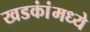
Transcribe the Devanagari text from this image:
खडकांंमध्ये